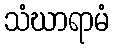
သံဃာရာမံ